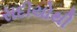
સદીયોથી